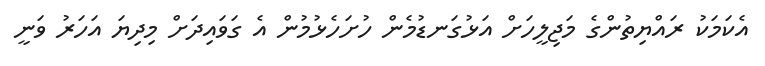
އެކަމަކު ރައްޔިތުންގެ މަޖިލީހަށް އަޅުގަނޑުމެން ހުށަހެޅުމުން އެ ގަވައިދަށް މިދިޔަ އަހަރު ވަނީ